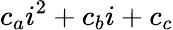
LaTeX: c_{a}i^{2}+c_{b}i+c_{c}